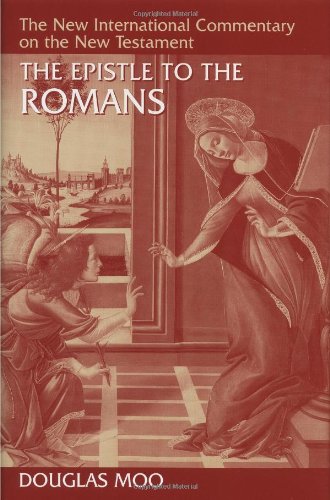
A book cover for The Epistle to the Romans (New International Commentary on the New Testament); Douglas J. Moo; Christian Books & Bibles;